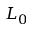
L _ { 0 }